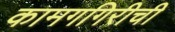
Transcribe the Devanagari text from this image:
कामगगिरीची